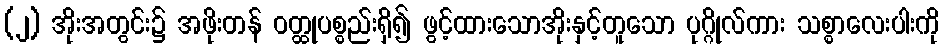
(၂) အိုးအတွင်း၌ အဖိုးတန် ဝတ္ထုပစ္စည်းရှိ၍ ဖွင့်ထားသောအိုးနှင့်တူသော ပုဂ္ဂိုလ်ကား သစ္စာလေးပါးကို